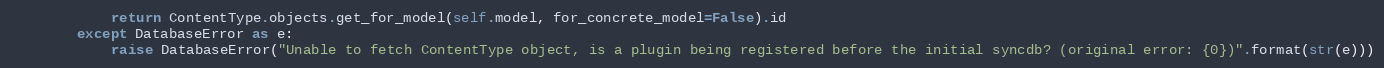
Language: Python
            return ContentType.objects.get_for_model(self.model, for_concrete_model=False).id
        except DatabaseError as e:
            raise DatabaseError("Unable to fetch ContentType object, is a plugin being registered before the initial syncdb? (original error: {0})".format(str(e)))